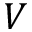
V